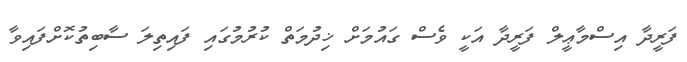
ފަރީދާ އިސްމާޢީލް ފަރީދާ އަކީ ވެސް ގައުމަށް ޚިދުމަތް ކުރުމުގައި ފައިތިލަ ސާބިތުކޮށްފައިވާ